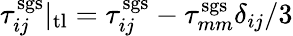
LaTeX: \tau_{ij}^{\mathrm{sgs}}|_{\mathrm{tl}}=\tau_{ij}^{\mathrm{sgs}}-\tau_{mm}^{\mathrm{sgs}}\delta_{ij}/3